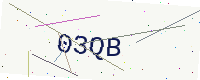
Text: 03QB